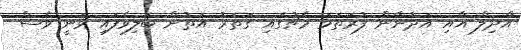
އާދިލް އާއި އަދުނާން ފުރަތަމަ މެޗުގައި ގަތަރު އަތުން ބަލިވެފައި ވަނީ ވެސް